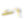
وانك